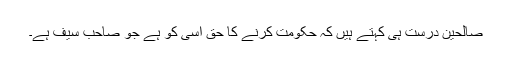
صالحین درست ہی کہتے ہیں کہ حکومت کرنے کا حق اسی کو ہے جو صاحب سیف ہے۔